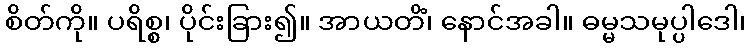
စိတ်ကို။ ပရိစ္စ၊ ပိုင်းခြား၍။ အာယတိံ၊ နောင်အခါ။ ဓမ္မသမုပ္ပါဒေါ၊